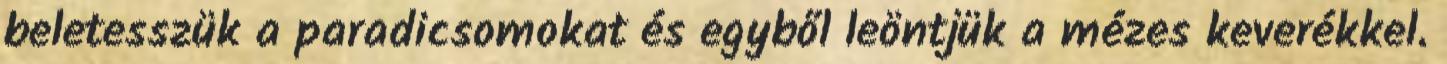
beletesszük a paradicsomokat és egyből leöntjük a mézes keverékkel.